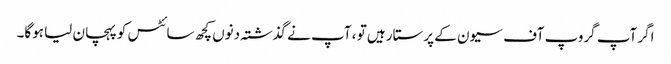
اگر آپ گروپ آف سیون کے پرستار ہیں تو ، آپ نے گذشتہ دنوں کچھ سائٹس کو پہچان لیا ہوگا۔